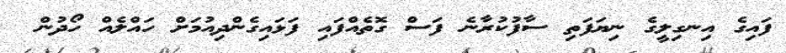
ފައިގެ އިނގިލީގެ ނިޔަފަތި ސާފުކުރާނެ ފަސް ގޮތެއްފައި ފަޅައިގެންދިއުމަށް ހައްލެއް ހޯދުން